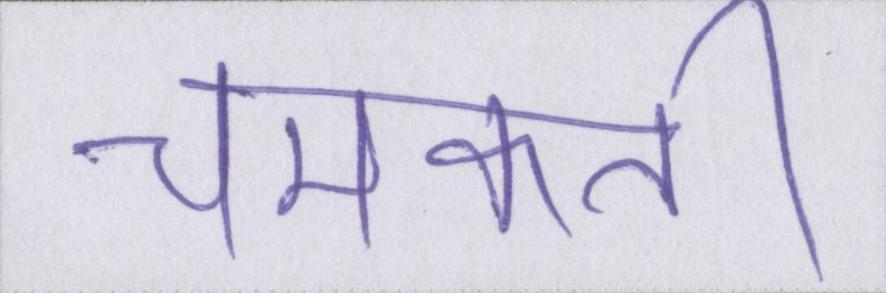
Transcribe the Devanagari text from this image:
चमकती